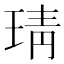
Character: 𤦭